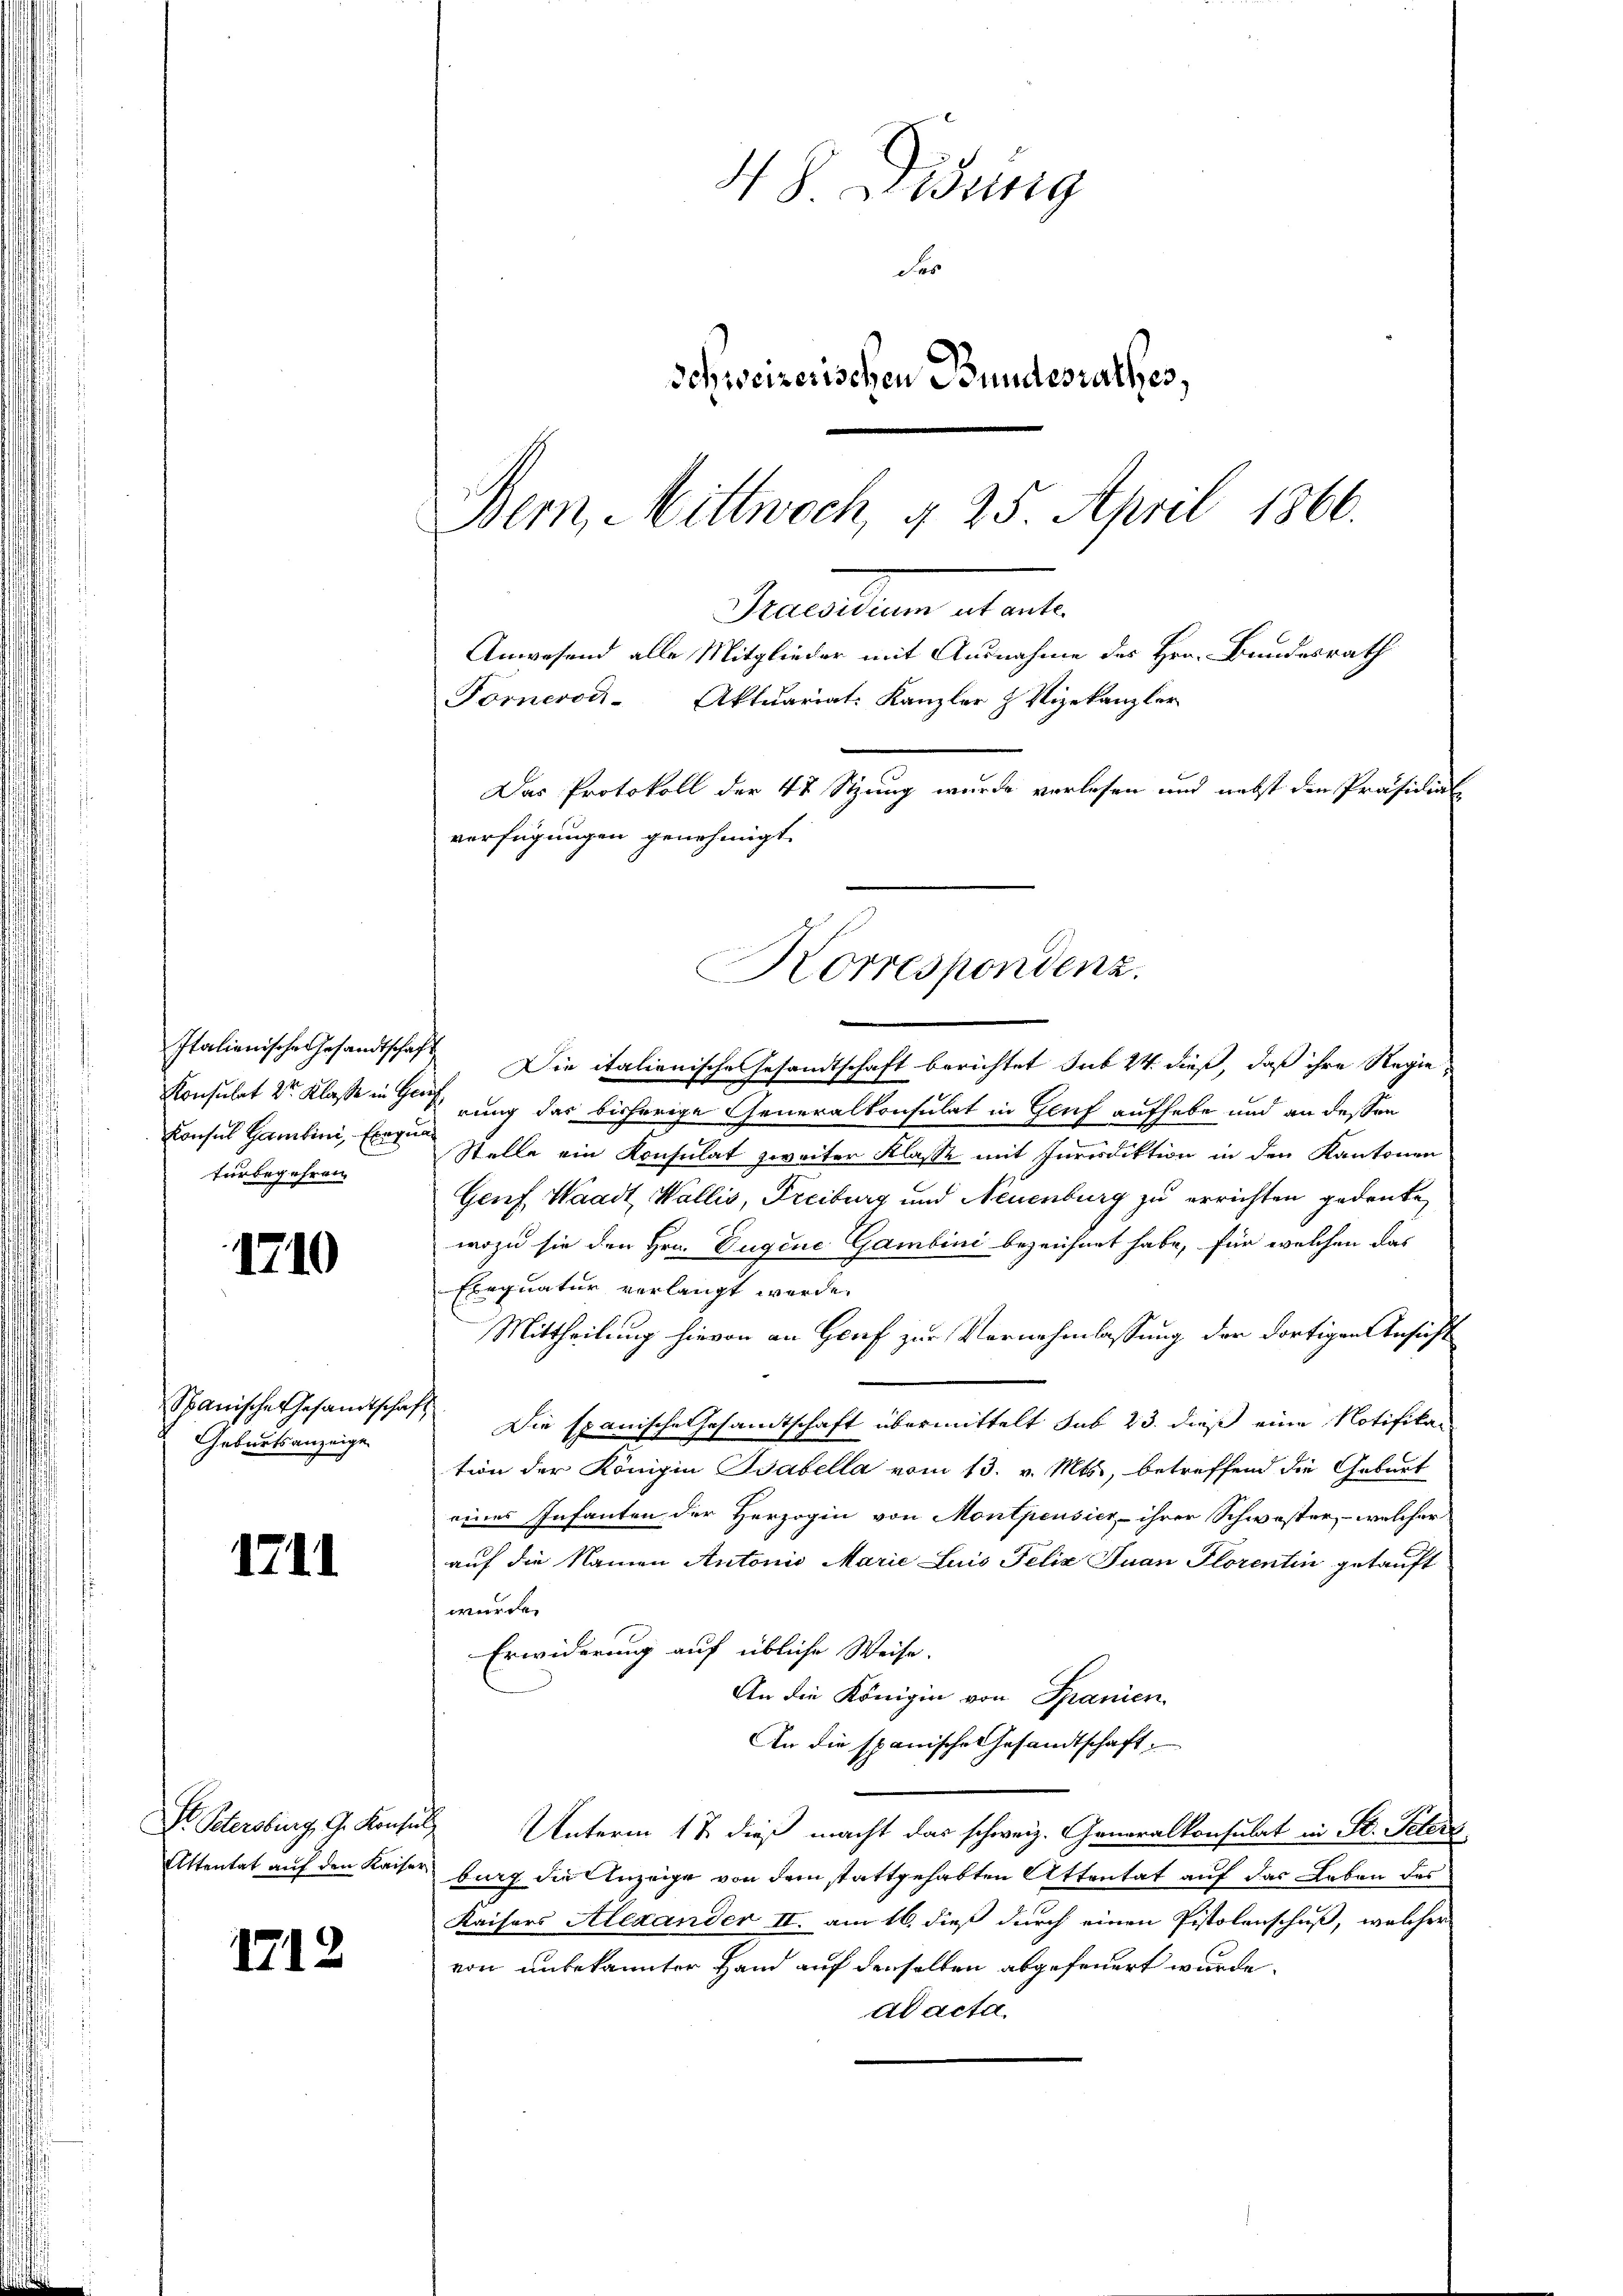
Italienische Gesandtschaft
Konsul Gambini, Exequafurbegehren.

1710

Spanischer Gesandtschaf
Geburtsanzeige

1711

1712

Anwesend alle Mitglieder mit Ausnahme des Hrn. Bundesrath
Fornerodi Aktuariat. Kanzler z Vizekanzler
Das Protokoll der 48 Stzung wurde verlesen und nebst den Präsidia
verfügungen genehmigt.

48. Didung
Fe
Schweizerischen Bundesrathes,
Bern, Mittwoch, § 25. April 1866.
Praesiduum

Die italienische Gesandtschaft berichtet sub 24. dieß, daß ihre Regie¬
Konsulat 2r Klasse in Gesung das bisherige Generalkonsulat in Genf aufhabe und an dessen
Stelle ein Konsulat zweiter Klasse mit Jurisdiktion in den Kantonen
Genf, Waadt Wallis, Freiburg und Neuenburg zu errichten gedenke,
wozu sie den Hrn. Eugene Gambini bezeichnet habe, für welchen das
Exequatur verlangt werde.
Mittheilung hievon an Genf zur Vornehmlassung der dortigen Ansicht
 Die Epanische Gesamtschaft übermittelt sub 23. dieß eine Notifika-
tion der Königin Babella vom 13. v. Mts., betreffend die Geburt
eines Infanten der Herzogin von Montpensier, ihrer Schwester, - welcher
auf die Namen Antonio Marie Luis Felix Juan Florentin getauft
wurde.
Erwiderung auf übliche Weise.
An die Königin von Spanien.
An die spanische Gesandtschaft.
 Petersburg, G. Konsul Unterm 17. dieß macht das schweiz. Generalkonsulat in St. Peters
Attentat auf den Kaiser burg die Anzeige von dem stattgehabten Attentat auf das Leben das
Kaisers Alexander II. am 16. dieß durch einen Pistolenschuß, welcher
von unbekannter Hand auf denselben abgefeuert wurde.
ad acta.

Korrespondenz.